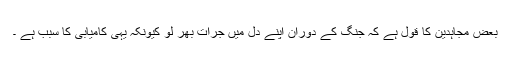
بعض مجاہدین کا قول ہے کہ جنگ کے دوران اپنے دل میں جرات بھر لو کیونکہ یہی کامیابی کا سبب ہے ۔